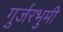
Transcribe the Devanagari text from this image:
गुर्जरभुमी